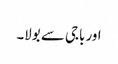
اور باجی سے بولا۔